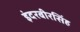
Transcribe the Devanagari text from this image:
इंदरबीरसिंह